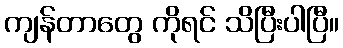
ကျန်တာတွေ ကိုရင် သိပြီးပါပြီ။